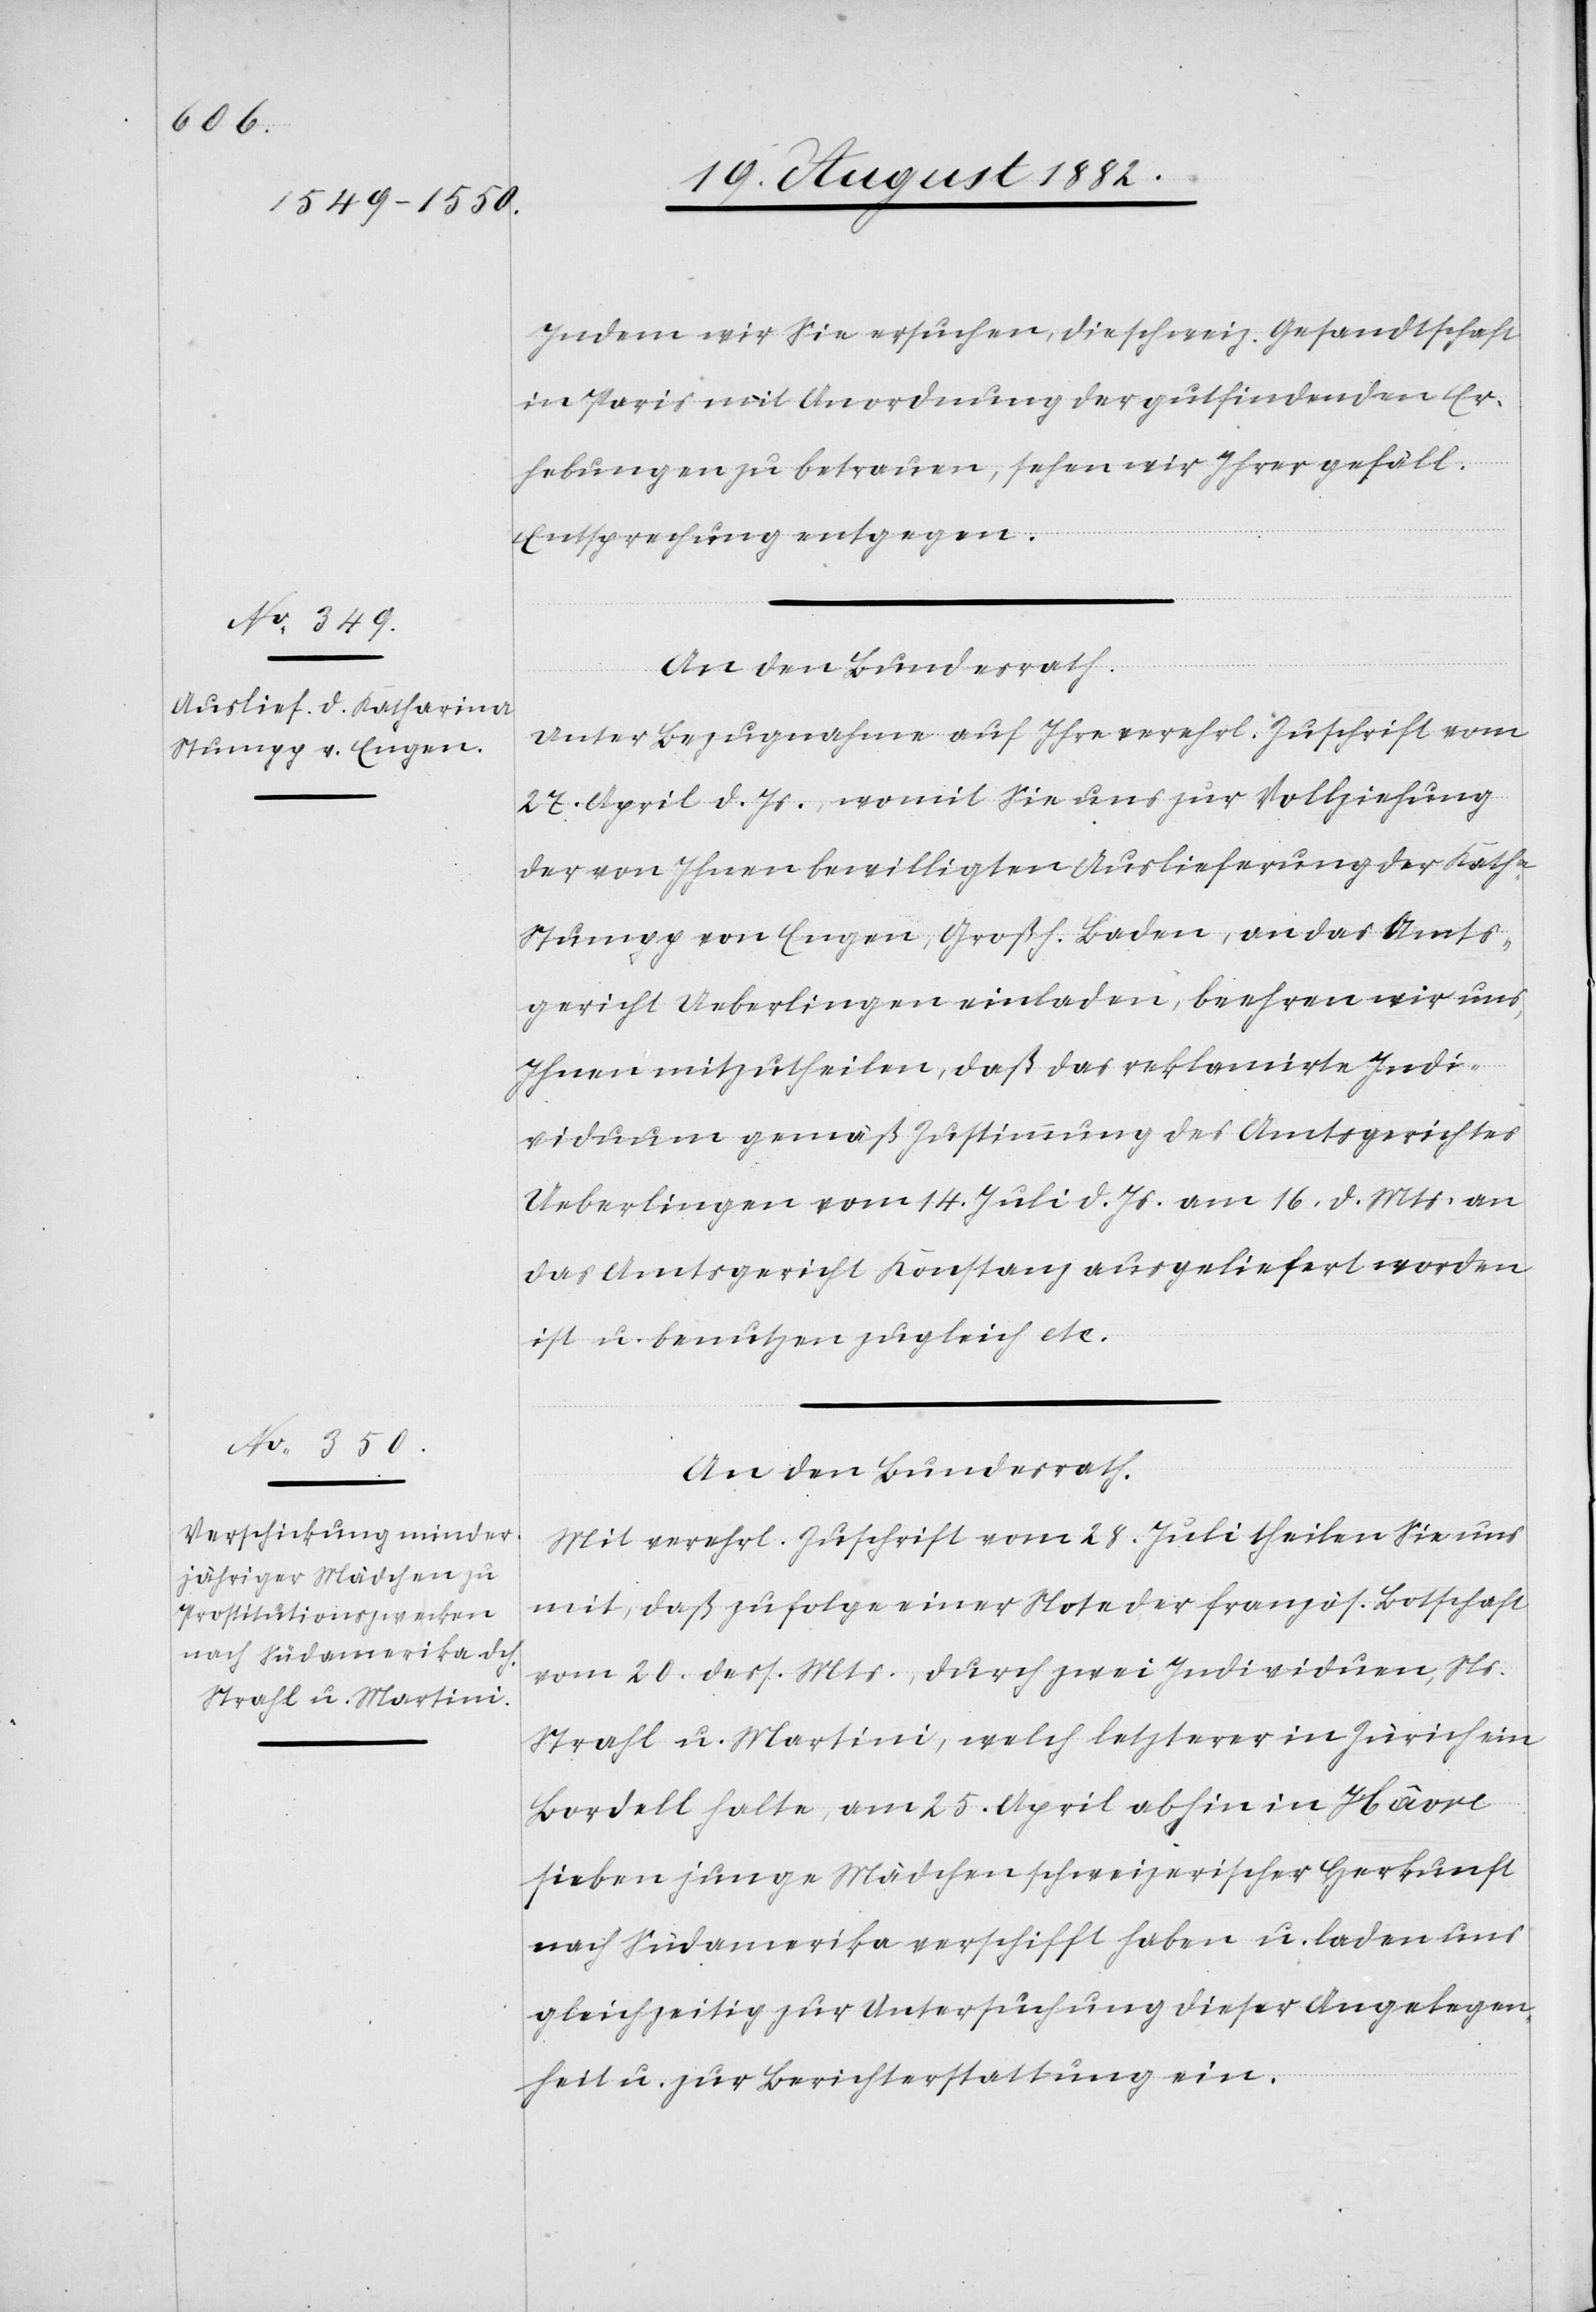
Indem wir Sie ersuchen, die schweiz. Gesandtschaft
in Paris mit Anordnung der gutfindenden Er¬
hebungen zu betrauen, sehen wir Ihrer gefäll.
Entsprechung entgegen.“
An den Bundesrath.
Unter Bezugnahme auf Ihre verehrl. Zuschrift vom
27. April d. Js., womit Sie uns zur Vollziehung
der von Ihnen bewilligten Auslieferung der Katha.
Stumpp von Engen, Großh. Baden, an das Amts¬
gericht Ueberlingen einladen, beehren wir uns,
Ihnen mitzutheilen, daß das reklamirte Indi¬
viduum gemäß Zustimmung des Amtsgerichtes
Ueberlingen vom 14. Juli d. Js. am 16. d. Mts. an
das Amtsgericht Konstanz ausgeliefert worden
ist u. benutzen zugleich etc.
An den Bundesrath.
„Mit verehrl. Zuschrift vom 28. Juli theilen Sie uns
mit, daß zufolge einer Note der französ. Botschaft
vom 20. dess. Mts., durch zwei Individuen, Ns.
Strahl u. Martini, welch letzterer in Zürich ein
Bordell halte, am 25. April abhin in Hâvre
sieben junge Mädchen schweizerischer Herkunft
nach Südamerika verschifft haben u. laden uns
gleichzeitig zur Untersuchung dieser Angelegen¬
heit u. zur Berichterstattung ein.